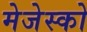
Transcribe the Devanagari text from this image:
मेजेस्‍को